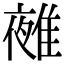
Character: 𨿤